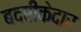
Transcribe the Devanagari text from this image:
बदरीकेदार